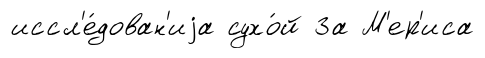
иссл'е́дован'иjа сухо́й За М'ер'иса